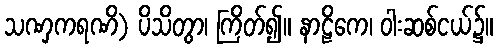
သဏှကရဏိ) ပိသိတွာ၊ ကြိတ်၍။ နာဠိကေ၊ ဝါးဆစ်ငယ်၌။